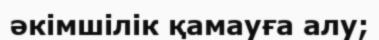
әкімшілік қамауға алу;